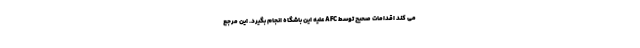
می کند اقدامات صحیح توسط AFC علیه این باشگاه انجام بگیرد. این مرجع